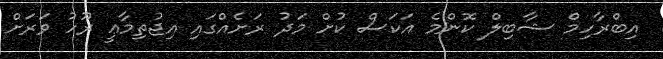
އިބްރާހިމް ޝާބިލް ކޮންމެ އަކަސް ކުށް މަދު ރަށެއްގައި އިޖުތިމާޢީ ރޫހު ވަރަށް